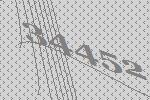
34452